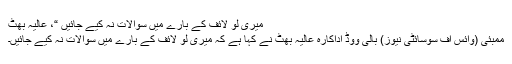
میری لو لائف کے بارے میں سوالات نہ کیے جائیں “، عالیہ بھٹ
ممبئی (وائس آف سوسائٹی نیوز) بالی ووڈ اداکارہ عالیہ بھٹ نے کہا ہے کہ میری لو لائف کے بارے میں سوالات نہ کیے جائیں۔